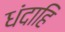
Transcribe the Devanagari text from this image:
धंदाहि